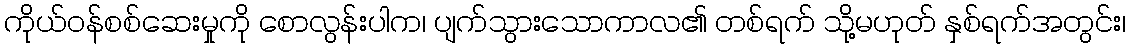
ကိုယ်ဝန်စစ်ဆေးမှုကို စောလွန်းပါက၊ ပျက်သွားသောကာလ၏ တစ်ရက် သို့မဟုတ် နှစ်ရက်အတွင်း၊